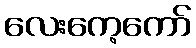
လေးကေ့ကော်